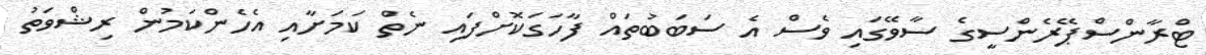
ޓްރާންސްޕޭރެންސީގެ ސާވޭގައި ވެސް އެ ސަބަބުތައް ފާހަގަކޮށްފައި ނެތް ކަމަށާއި އެހެންކަމުން ރިޝްވަތު